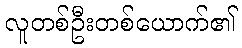
လူတစ်ဦးတစ်ယောက်၏